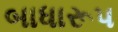
બાધારૂપ